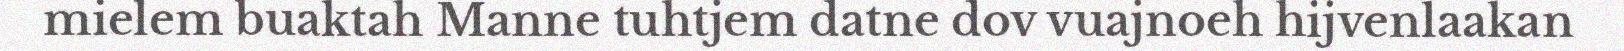
mielem buaktah Manne tuhtjem datne dov vuajnoeh hijvenlaakan